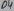
Text: D4